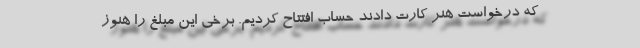
که درخواست هنر کارت دادند حساب افتتاح کردیم. برخی این مبلغ را هنوز